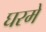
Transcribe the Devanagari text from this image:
घरमे